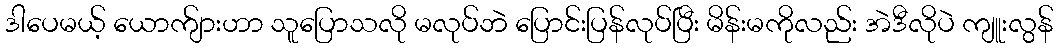
ဒါပေမယ့် ယောက်ျားဟာ သူပြောသလို မလုပ်ဘဲ ပြောင်းပြန်လုပ်ပြီး မိန်းမကိုလည်း အဲဒီလိုပဲ ကျူးလွန်